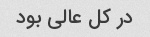
در کل عالی بود